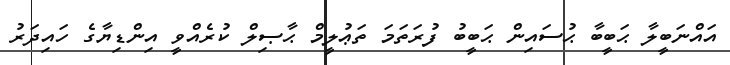
އައްނަބީލާ ޙަބީބާ ޙުސައިން ޙަބީބު ފުރަތަމަ ތަޢުލީމް ޙާޞިލް ކުރެއްވީ އިންޑިޔާގެ ހައިދަރު